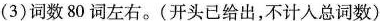
(3)词数80词左右。(开头已给出，不计入总词数)